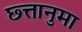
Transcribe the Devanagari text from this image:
छ्त्तानुमा